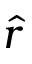
\hat { r }